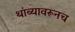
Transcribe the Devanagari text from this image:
थांब्यावरूनच